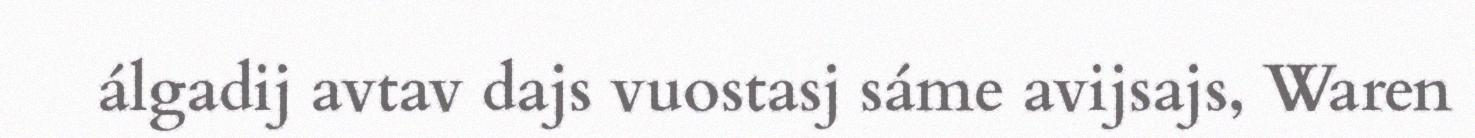
álgadij avtav dajs vuostasj sáme avijsajs, Waren